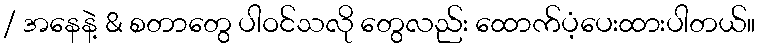
/ အနေနဲ့ & စတာတွေ ပါဝင်သလို တွေလည်း ထောက်ပံ့ပေးထားပါတယ်။